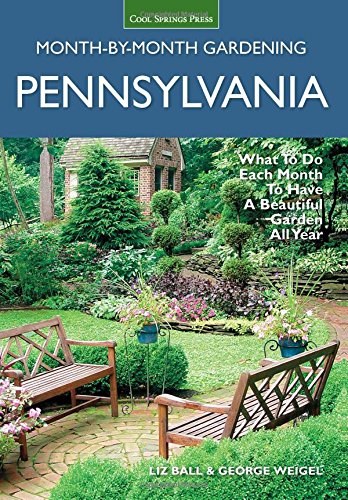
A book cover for Pennsylvania Month-by-Month Gardening: What to Do Each Month to Have A Beautiful Garden All Year; Liz Ball; Crafts, Hobbies & Home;